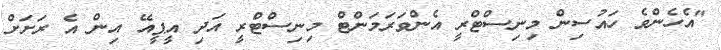
"އެހެންވެ ހައުސިން މިނިސްޓްރީ އެންވަރަމަންޓް މިނިސްޓްރީ އަދި އީޕީއޭ އިން އެ ރަށަށް